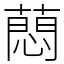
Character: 蕄